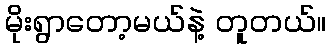
မိုးရွာတော့မယ်နဲ့ တူတယ်။